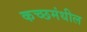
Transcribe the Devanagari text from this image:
कच्छमंधील